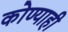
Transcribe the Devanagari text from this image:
कोण्याही